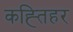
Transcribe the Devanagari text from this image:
कह्तिहर